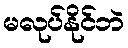
မလုပ်နိုင်ဘဲ